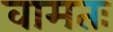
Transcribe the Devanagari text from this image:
वामतः